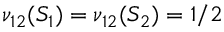
\nu _ { 1 2 } ( S _ { 1 } ) = \nu _ { 1 2 } ( S _ { 2 } ) = 1 / 2